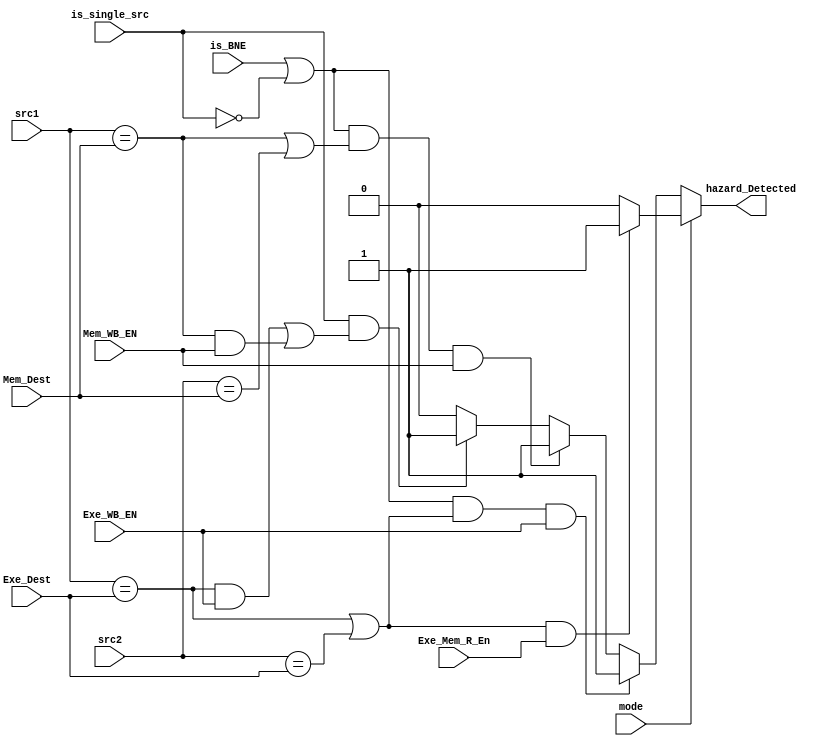
module Hazard_Detection_Unit(
		input [4:0] src1,
		input [4:0] src2,
		input [4:0] Exe_Dest,
		input Exe_WB_EN,
		input Exe_Mem_R_En,
		input [4:0] Mem_Dest,
		input Mem_WB_EN,
		input is_single_src,
		input is_BNE,
		input mode,
		output reg hazard_Detected);
	always @(*) begin
		if (mode == 1'b0) begin
			if((is_BNE|| is_single_src == 1'b0) &&(src1 == Exe_Dest || src2 == Exe_Dest) && Exe_WB_EN == 1'b1)begin
				hazard_Detected = 1'b1;
			end
			else if((is_BNE || is_single_src == 1'b0) &&(src1 == Mem_Dest || src2 == Mem_Dest) && Mem_WB_EN == 1'b1)begin
				hazard_Detected = 1'b1;
			end
			else if(is_single_src == 1'b1 && ((src1 == Exe_Dest) && Exe_WB_EN || (src1 == Mem_Dest) && Mem_WB_EN))begin
				hazard_Detected = 1'b1;
			end
			else
				hazard_Detected = 1'b0;
		end

		else begin
			
			if((src1 == Exe_Dest || src2 == Exe_Dest) && Exe_Mem_R_En == 1'b1)
				hazard_Detected = 1'b1;
			else
				hazard_Detected = 1'b0;
		end
	end
endmodule